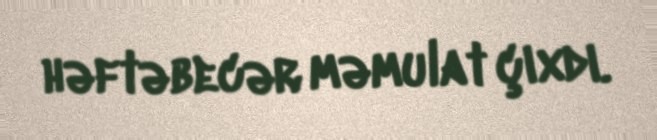
həftəbecər məmulat çıxdı.